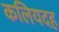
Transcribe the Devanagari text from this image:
कलियदह